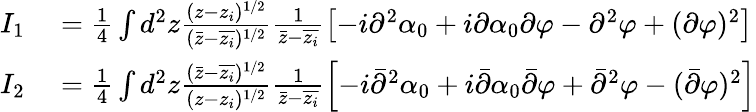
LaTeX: \begin{array}{rl}{I_{1}}&{{}=\frac{1}{4}\int d^{2}z\frac{(z-z_{i})^{1/2}}{(\bar{z}-\overline{{z_{i}}})^{1/2}}\frac{1}{\bar{z}-\overline{{z_{i}}}}\left[-i\partial^{2}\alpha_{0}+i\partial\alpha_{0}\partial\varphi-\partial^{2}\varphi+(\partial\varphi)^{2}\right]}\\ {I_{2}}&{{}=\frac{1}{4}\int d^{2}z\frac{(\bar{z}-\overline{{z_{i}}})^{1/2}}{(z-z_{i})^{1/2}}\frac{1}{\bar{z}-\overline{{z_{i}}}}\left[-i\bar{\partial}^{2}\alpha_{0}+i\bar{\partial}\alpha_{0}\bar{\partial}\varphi+\bar{\partial}^{2}\varphi-(\bar{\partial}\varphi)^{2}\right]}\end{array}